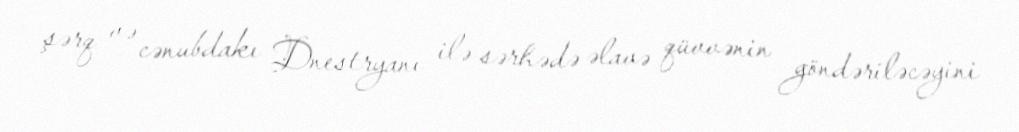
şərq və cənubdakı Dnestryanı ilə sərhədə əlavə qüvvənin göndəriləcəyini